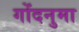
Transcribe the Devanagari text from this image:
गोंदनुमा